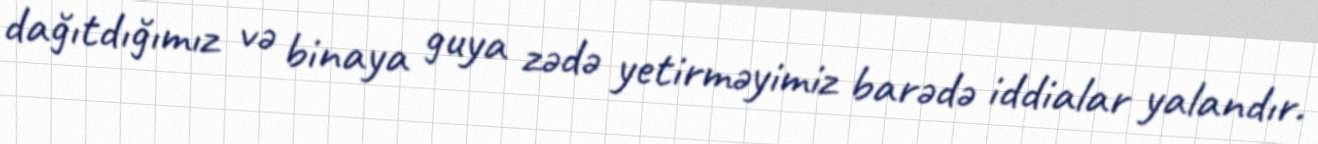
dağıtdığımız və binaya guya zədə yetirməyimiz barədə iddialar yalandır.